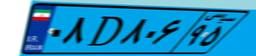
۰۲D۸۵۹۰۲